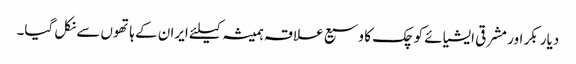
دیار بکر اور مشرقی ایشیائے کوچک کا وسیع علاقہ ہمیشہ کیلئے ایران کے ہاتھوں سے نکل گیا۔